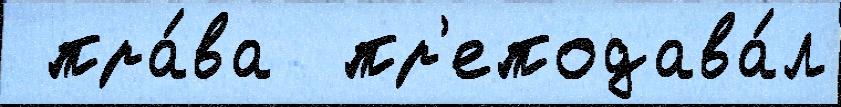
 пра́ва  пр'еподава́л